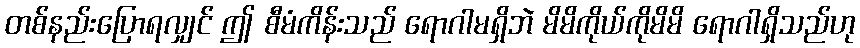
တစ်နည်းပြောရလျှင် ဤ စီမံကိန်းသည် ရောဂါမရှိဘဲ မိမိကိုယ်ကိုမိမိ ရောဂါရှိသည်ဟု